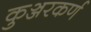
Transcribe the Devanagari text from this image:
कुञ्जरकर्ण